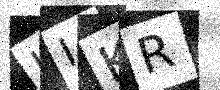
Text: JIKR